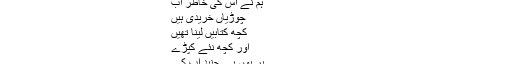
وہ عجیب لڑکی تھی
اس کو راس آتا تھا
بارشوں کے موسم میں کھڑکیاں کھلی رکھنا
اس عجیب لڑکی کی
دل میں آرزو کر کے
ہم نے اس کی خاطر اب
چوڑیاں خریدی ہیں
کچھ کتابیں لینا تھیں
اور کچھ نئے کپڑے
پر یوں ہے جنید اب کے
اپنی ہر ضرورت کا
اس برس لہو کر کے
سخنورْفرخ
23 جولائی، 2009 9:35 PM
یہ ابو کاشان صاحب کے لئے ہے۔